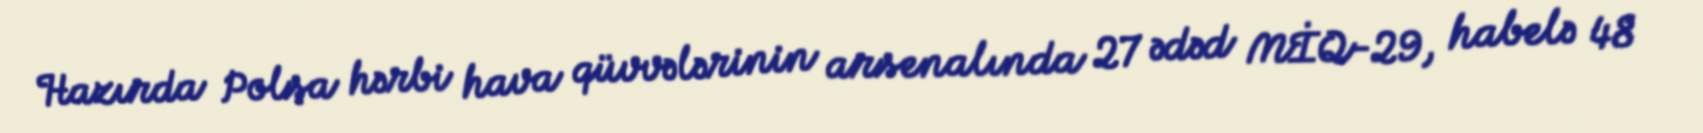
Hazırda Polşa hərbi hava qüvvələrinin arsenalında 27 ədəd MİQ-29, habelə 48